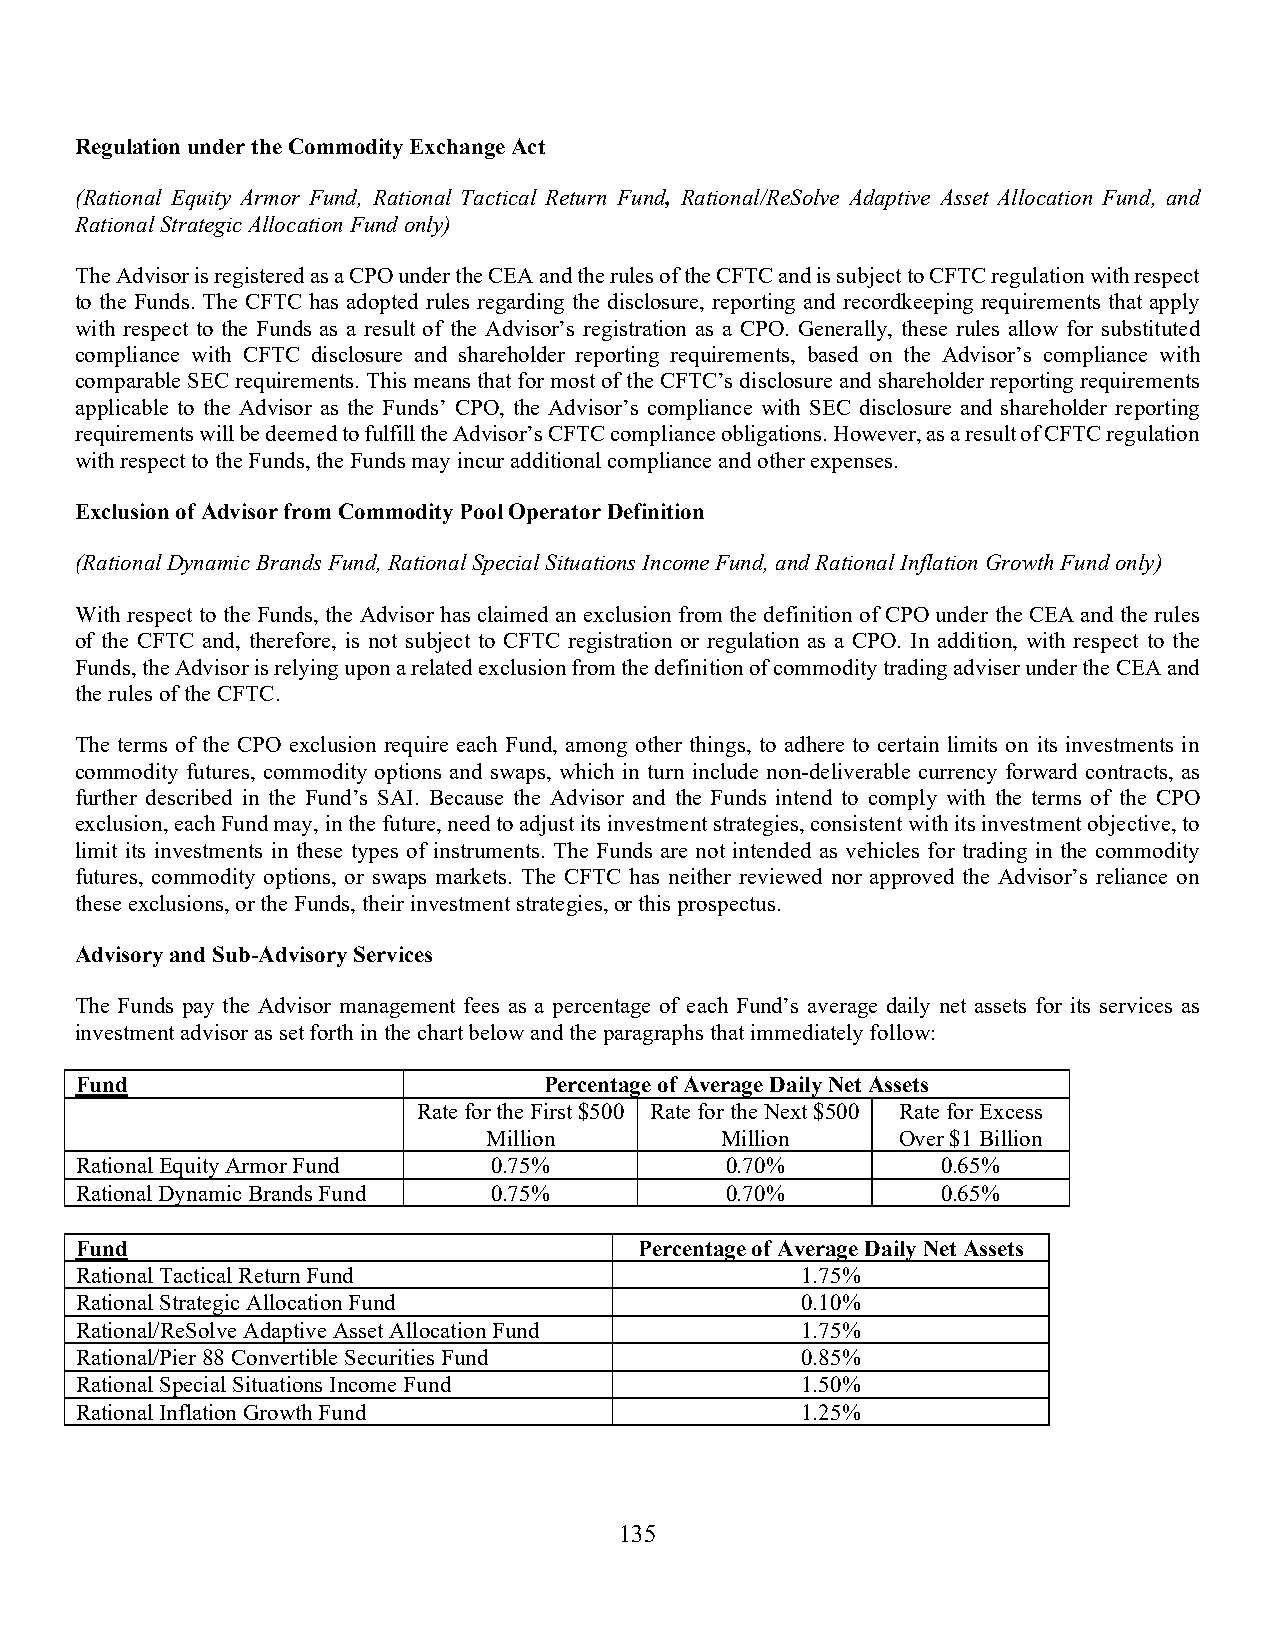
Regulation under the Commodity Exchange Act
 (Rational Equity Armor Fund, Rational Tactical Return Fund, Rational/ReSolve Adaptive Asset Allocation Fund, and
 Rational Strategic Allocation Fund only)
 The Advisor is registered as a CPO under the CEA and the rules of the CFTC and is subject to CFTC regulation with respect
 to the Funds. The CFTC has adopted rules regarding the disclosure, reporting and recordkeeping requirements that apply
 with respect to the Funds as a result of the Advisor’s registration as a CPO. Generally, these rules allow for substituted
 compliance with CFTC disclosure and shareholder reporting requirements, based on the Advisor’s compliance with
 comparable SEC requirements. This means that for most of the CFTC’s disclosure and shareholder reporting requirements
 applicable to the Advisor as the Funds’ CPO, the Advisor’s compliance with SEC disclosure and shareholder reporting
 requirements will be deemed to fulfill the Advisor’s CFTC compliance obligations. However, as a result of CFTC regulation
 with respect to the Funds, the Funds may incur additional compliance and other expenses.
 Exclusion of Advisor from Commodity Pool Operator Definition
 (Rational Dynamic Brands Fund, Rational Special Situations Income Fund, and Rational Inflation Growth Fund only)
 With respect to the Funds, the Advisor has claimed an exclusion from the definition of CPO under the CEA and the rules
 of the CFTC and, therefore, is not subject to CFTC registration or regulation as a CPO. In addition, with respect to the
 Funds, the Advisor is relying upon a related exclusion from the definition of commodity trading adviser under the CEA and
 the rules of the CFTC.
 The terms of the CPO exclusion require each Fund, among other things, to adhere to certain limits on its investments in
 commodity futures, commodity options and swaps, which in turn include non-deliverable currency forward contracts, as
 further described in the Fund’s SAI. Because the Advisor and the Funds intend to comply with the terms of the CPO
 exclusion, each Fund may, in the future, need to adjust its investment strategies, consistent with its investment objective, to
 limit its investments in these types of instruments. The Funds are not intended as vehicles for trading in the commodity
 futures, commodity options, or swaps markets. The CFTC has neither reviewed nor approved the Advisor’s reliance on
 these exclusions, or the Funds, their investment strategies, or this prospectus.
 Advisory and Sub-Advisory Services
 The Funds pay the Advisor management fees as a percentage of each Fund’s average daily net assets for its services as
 investment advisor as set forth in the chart below and the paragraphs that immediately follow:
 Fund                           Percentage of Average Daily Net Assets
 Rate for the First $500 Rate for the Next $500 Rate for Excess
 Million         Million     Over $1 Billion
 Rational Equity Armor Fund  0.75%          0.70%         0.65%
 Rational Dynamic Brands Fund 0.75%         0.70%         0.65%
 Fund                                 Percentage of Average Daily Net Assets
 Rational Tactical Return Fund                   1.75%
 Rational Strategic Allocation Fund              0.10%
 Rational/ReSolve Adaptive Asset Allocation Fund 1.75%
 Rational/Pier 88 Convertible Securities Fund    0.85%
 Rational Special Situations Income Fund         1.50%
 Rational Inflation Growth Fund                  1.25%
 135